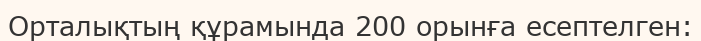
Орталықтың құрамында 200 орынға есептелген: